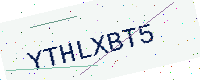
Text: YTHLXBT5